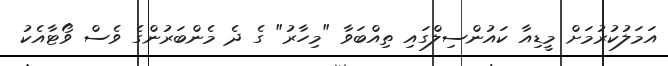
އަމަލުކުރުމަށް މީޑިއާ ކައުންސިލްގައި ތިއްބަވާ "މިހާރު" ގެ ދެ މެންބަރުންގެ ވެސް ވޯޓާއެކު